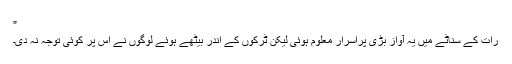
”
رات کے سناٹے میں یہ آواز بڑی پراسرار معلوم ہوئی لیکن ٹرکوں کے اندر بیٹھے ہوئے لوگوں نے اس پر کوئی توجہ نہ دی۔